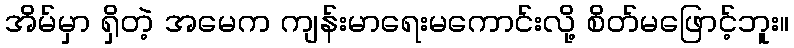
အိမ်မှာ ရှိတဲ့ အမေက ကျန်းမာရေးမကောင်းလို့ စိတ်မဖြောင့်ဘူး။